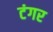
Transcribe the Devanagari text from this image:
टंगर